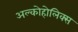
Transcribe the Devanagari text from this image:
अल्कोहोलिक्स